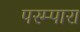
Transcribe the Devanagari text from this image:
परम्पारा